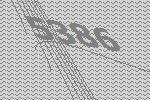
5386